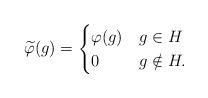
LaTeX: \begin{align*} \widetilde{\varphi}(g) = \begin{cases} \varphi(g) & g \in H \\ 0 & g \notin H. \end{cases}\end{align*}